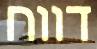
דווח